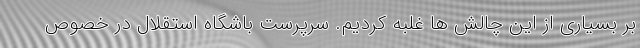
بر بسیاری از این چالش ها غلبه کردیم. سرپرست باشگاه استقلال در خصوص